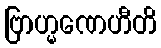
ဗြာဟ္မဏေဟီတိ